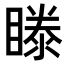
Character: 𥉋